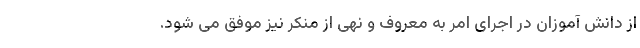
از دانش آموزان در اجرای امر به معروف و نهی از منکر نیز موفق می شود.